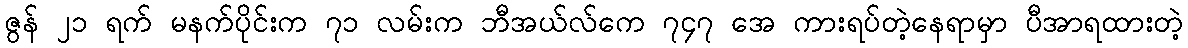
ဇွန် ၂၁ ရက် မနက်ပိုင်းက ၇၁ လမ်းက ဘီအယ်လ်ကေ ၇၄၇ အေ ကားရပ်တဲ့နေရာမှာ ပီအာရထားတဲ့